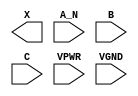
module sky130_fd_sc_hs__and3b (
    X   ,
    A_N ,
    B   ,
    C   ,
    VPWR,
    VGND
);

    output X   ;
    input  A_N ;
    input  B   ;
    input  C   ;
    input  VPWR;
    input  VGND;
endmodule